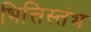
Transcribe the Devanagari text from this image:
भित्तिस्तंभ